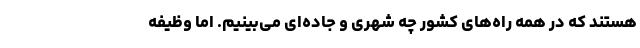
هستند که در همه راه‌های کشور چه شهری و جاده‌ای می‌بینیم. اما وظیفه